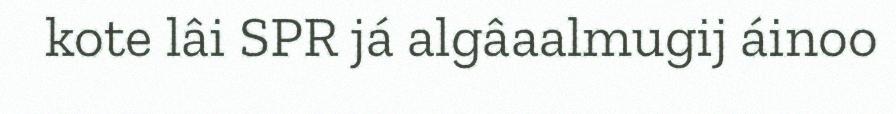
kote lâi SPR já algâaalmugij áinoo